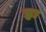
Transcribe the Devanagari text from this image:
हः